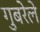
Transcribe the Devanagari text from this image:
गुबरेले